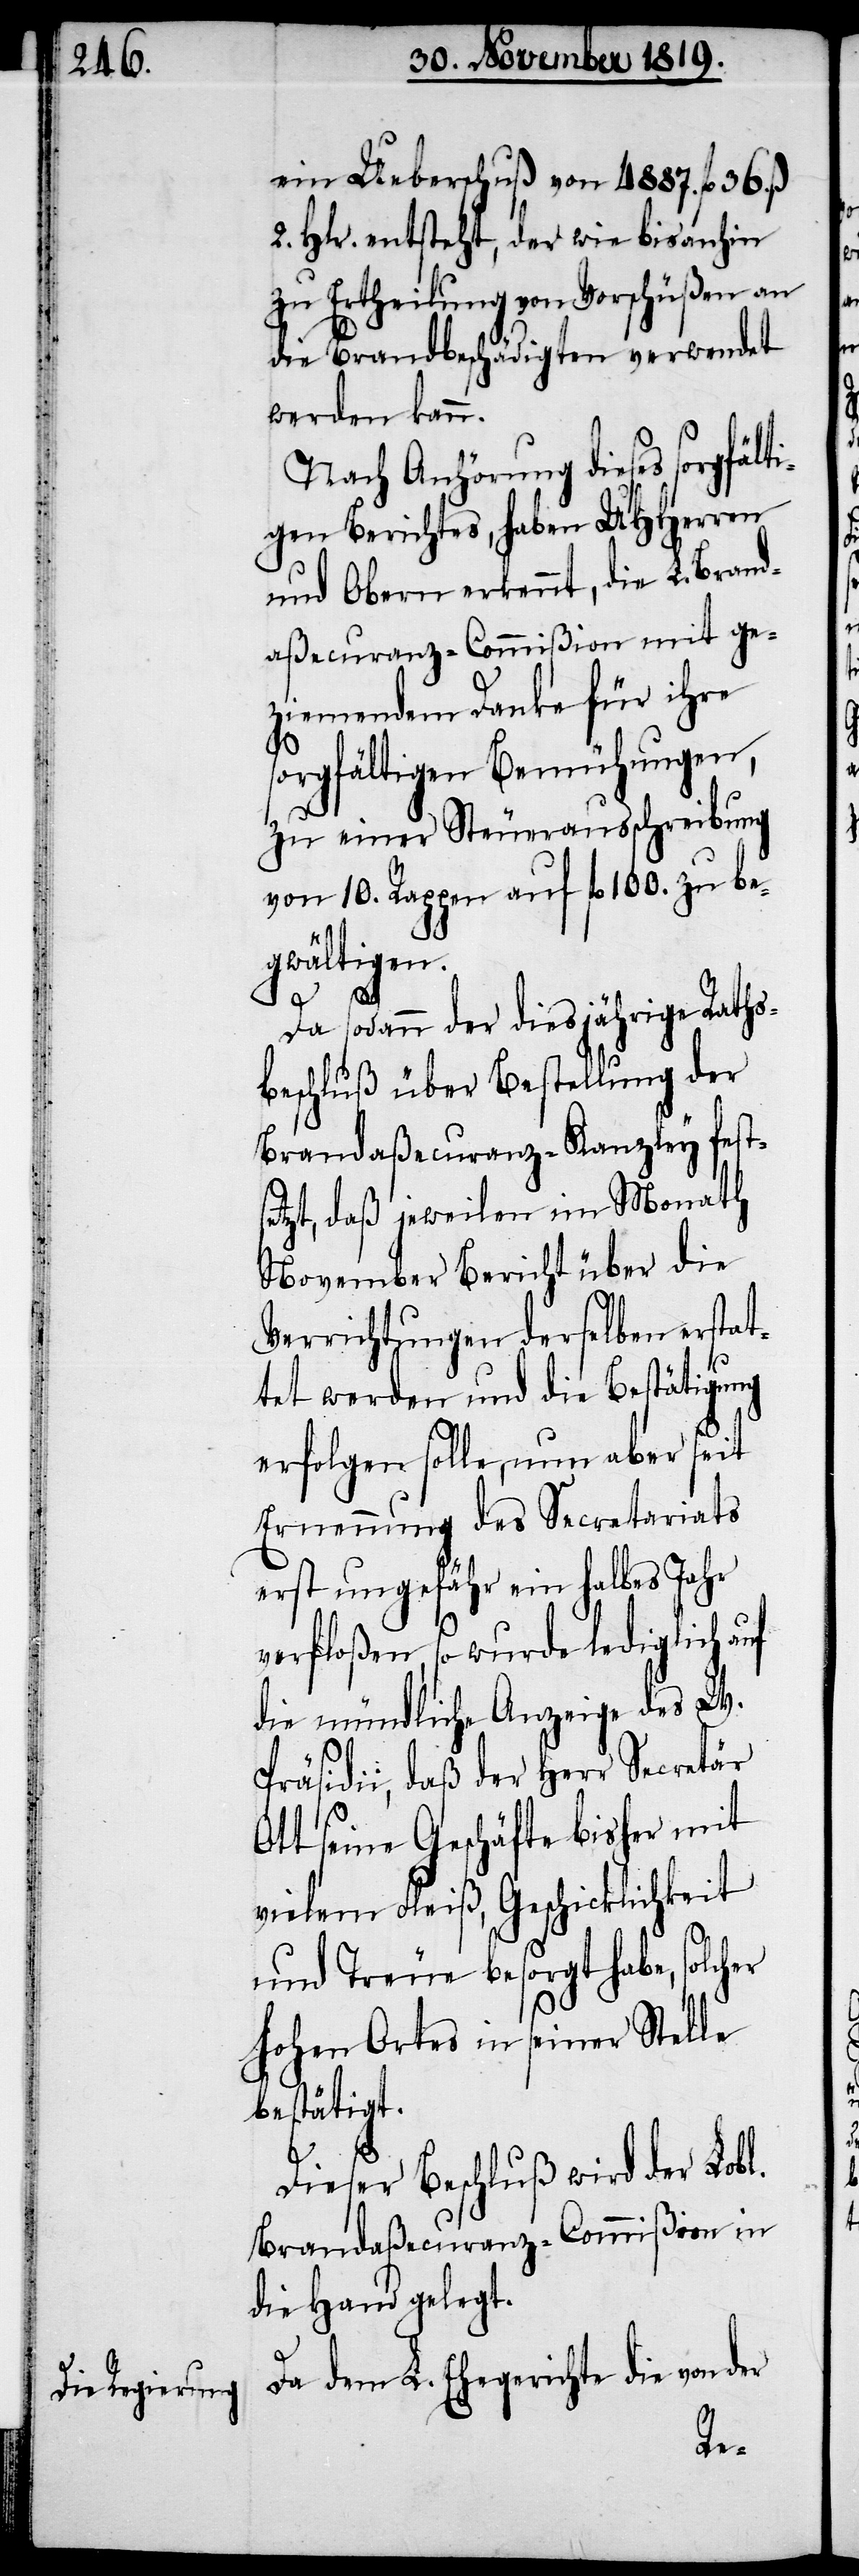
ein Ueberschuß von 4887. fl. 36. ß.
2. Hlr. entsteht, der wie bis anhin
zu Ertheilung von Vorschüßen an
die Brandbeschädigten verwendet
werden kann.
Nach Anhörung dieses sorgfälti¬
gen Berichtes, haben UHHerren
und Obern erkennt, die L. Brand¬
aßecuranz-Commißion mit ge¬
ziemenden Danke für ihre
sorgfältigen Bemühungen,
zu einer Steuerausschreibung
von 10. Rappen auf fl. 100. zu be¬
gwältigen.
Da sodann der diesjährige Raths¬
beschluß über Bestellung der
Brandaßecuranz-Kanzley fests¬
etzt, daß jeweilen im Monath
November Bericht über die
Verrichtungen derselben erstat¬
tet werden und die Bestätigung
erfolgen solle, nun aber seit
Ernennung des Secretariats
erst ungefähr ein halbes Jahr
verfloßen, so wurde lediglich auf
die mündliche Anzeige des W.
Präsidii, daß der Herr Secretär
Ott seine Geschäfte bisher mit
vielem Fleiß, Geschicklichkeit
und Treue besorgt habe, solch¬
hohen Ortes in seiner Stelle
bestätigt.
Dieser Beschluß wird der Lobl.
Brandaßecuranz-Commißion in
die Hand gelegt.
Da dem L. Ehegerichte die von der
er